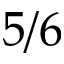
5 / 6